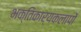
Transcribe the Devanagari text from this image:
भक्तिकार्यकलापों